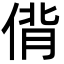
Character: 偝